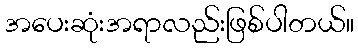
အပေးဆုံးအရာလည်းဖြစ်ပါတယ်။